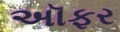
અૉફર